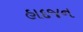
હાદજન